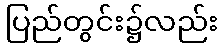
ပြည်တွင်း၌လည်း